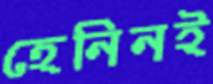
হেনিনই